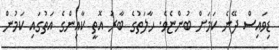
ޑިވައިސް ދޭނެ ކަމަށް ބުންޏެވެ. ހާލަތުގެ ބާރު އޮތީ ކާއިންގެ އަތުގައި ކަމުން